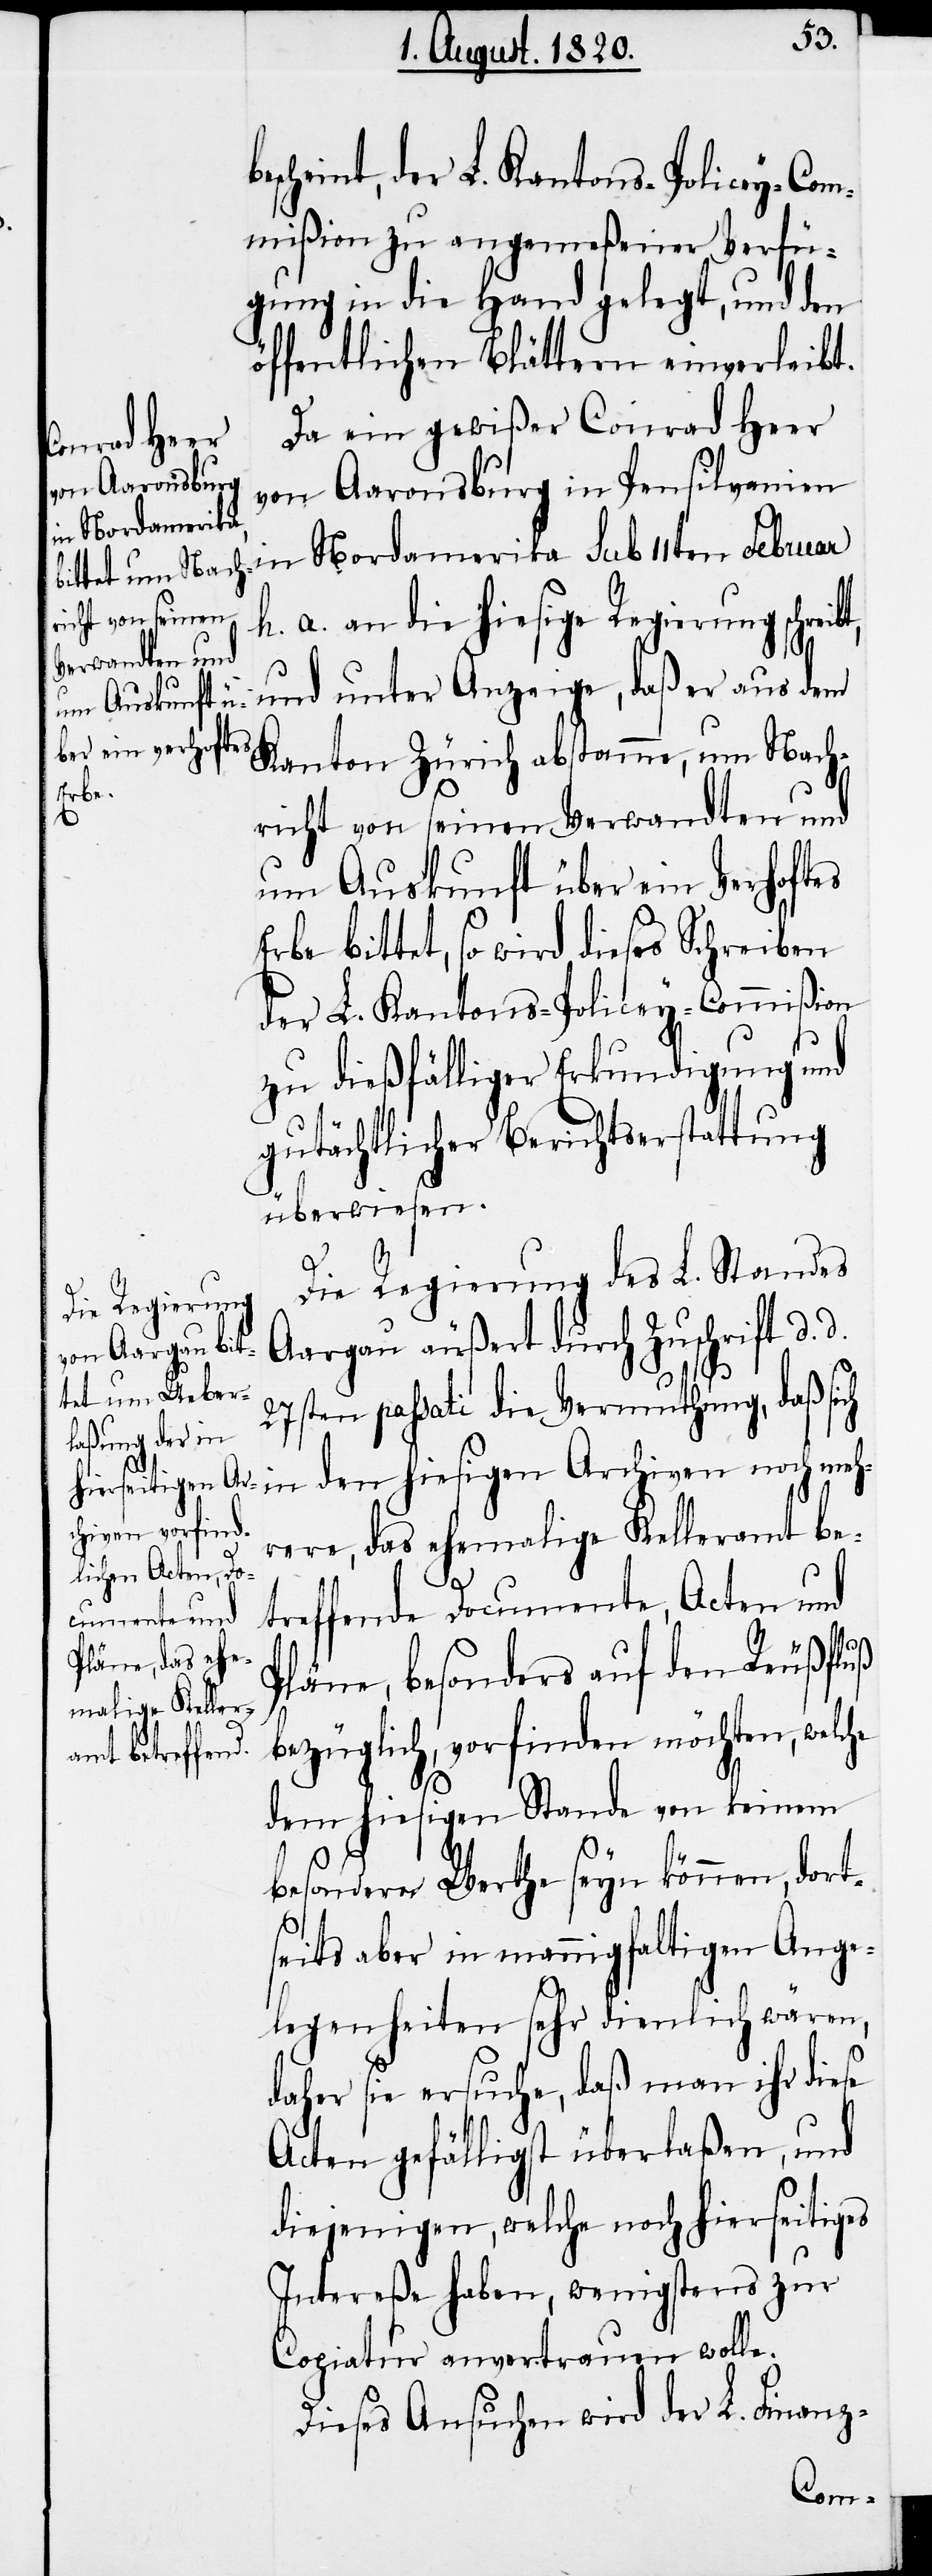
escheint, der L. Kantons-Policey-Com¬
mißion zu angemeßener Verfü¬
gung in die Hand gelegt, und den
öffentlichen Blättern einverleibt.
Da ein gewißer Conrad Heer
von Aaronsburg in Pensilvanien
in Nordamerika sub 11ten Februar
h. a. an die hiesige Regierung schre¬
und unter Anzeige, daß er aus dem
Kanton Zürich abstamme, um Nach¬
richt von seinen Verwandten und
um Auskunft über ein Verhoftes
Erbe bittet, so wird dieses Schreiben
der L. Kantons-Policey-Commißion
zu dießfälliger Erkundigung und
gutächtlicher Berichtserstattung
überwiesen.
he
Die Regierung des L. Standes
Aargau äußert durch Zuschrift d.
27sten passati die Vermuthung, daß sich
in den hiesigen Archiven noch meh¬
rere, das ehemalige Kelleramt be¬
treffende Documente, Acten und
Pläne, besonders auf den Reußfluß
bezüglich, vorfinden möchten, welc¬
dem hiesigen Stande von keinem
besonderm Werthe seyn können, dort¬
seits aber in mannigfaltigen Ange¬
legenheiten sehr dienlich wären,
daher sie ersuche, daß man ihr diese
Acten gefälligst überlaßen, und
diejenigen, welche noch hierseitiges
Intereße haben, wenigstens zur
Copiatur anvertrauen wolle.
Dieses Ansuchen wird der L. Finanz-